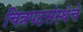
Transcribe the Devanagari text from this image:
चित्रपटसंस्थेचे